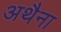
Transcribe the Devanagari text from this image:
अथैना